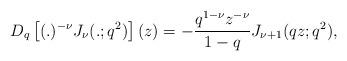
LaTeX: \begin{align*}D_q\left[(.)^{-\nu}J_\nu(.;q^2)\right](z)=- \frac{q^{1-\nu}z^{-\nu}}{1-q} J_{\nu+1}(qz;q^2),\end{align*}